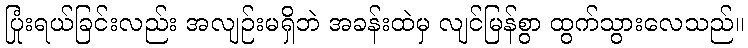
ပြုံးရယ်ခြင်းလည်း အလျဉ်းမရှိဘဲ အခန်းထဲမှ လျင်မြန်စွာ ထွက်သွားလေသည်။